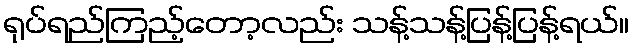
ရုပ်ရည်ကြည့်တော့လည်း သန့်သန့်ပြန့်ပြန့်ရယ်။